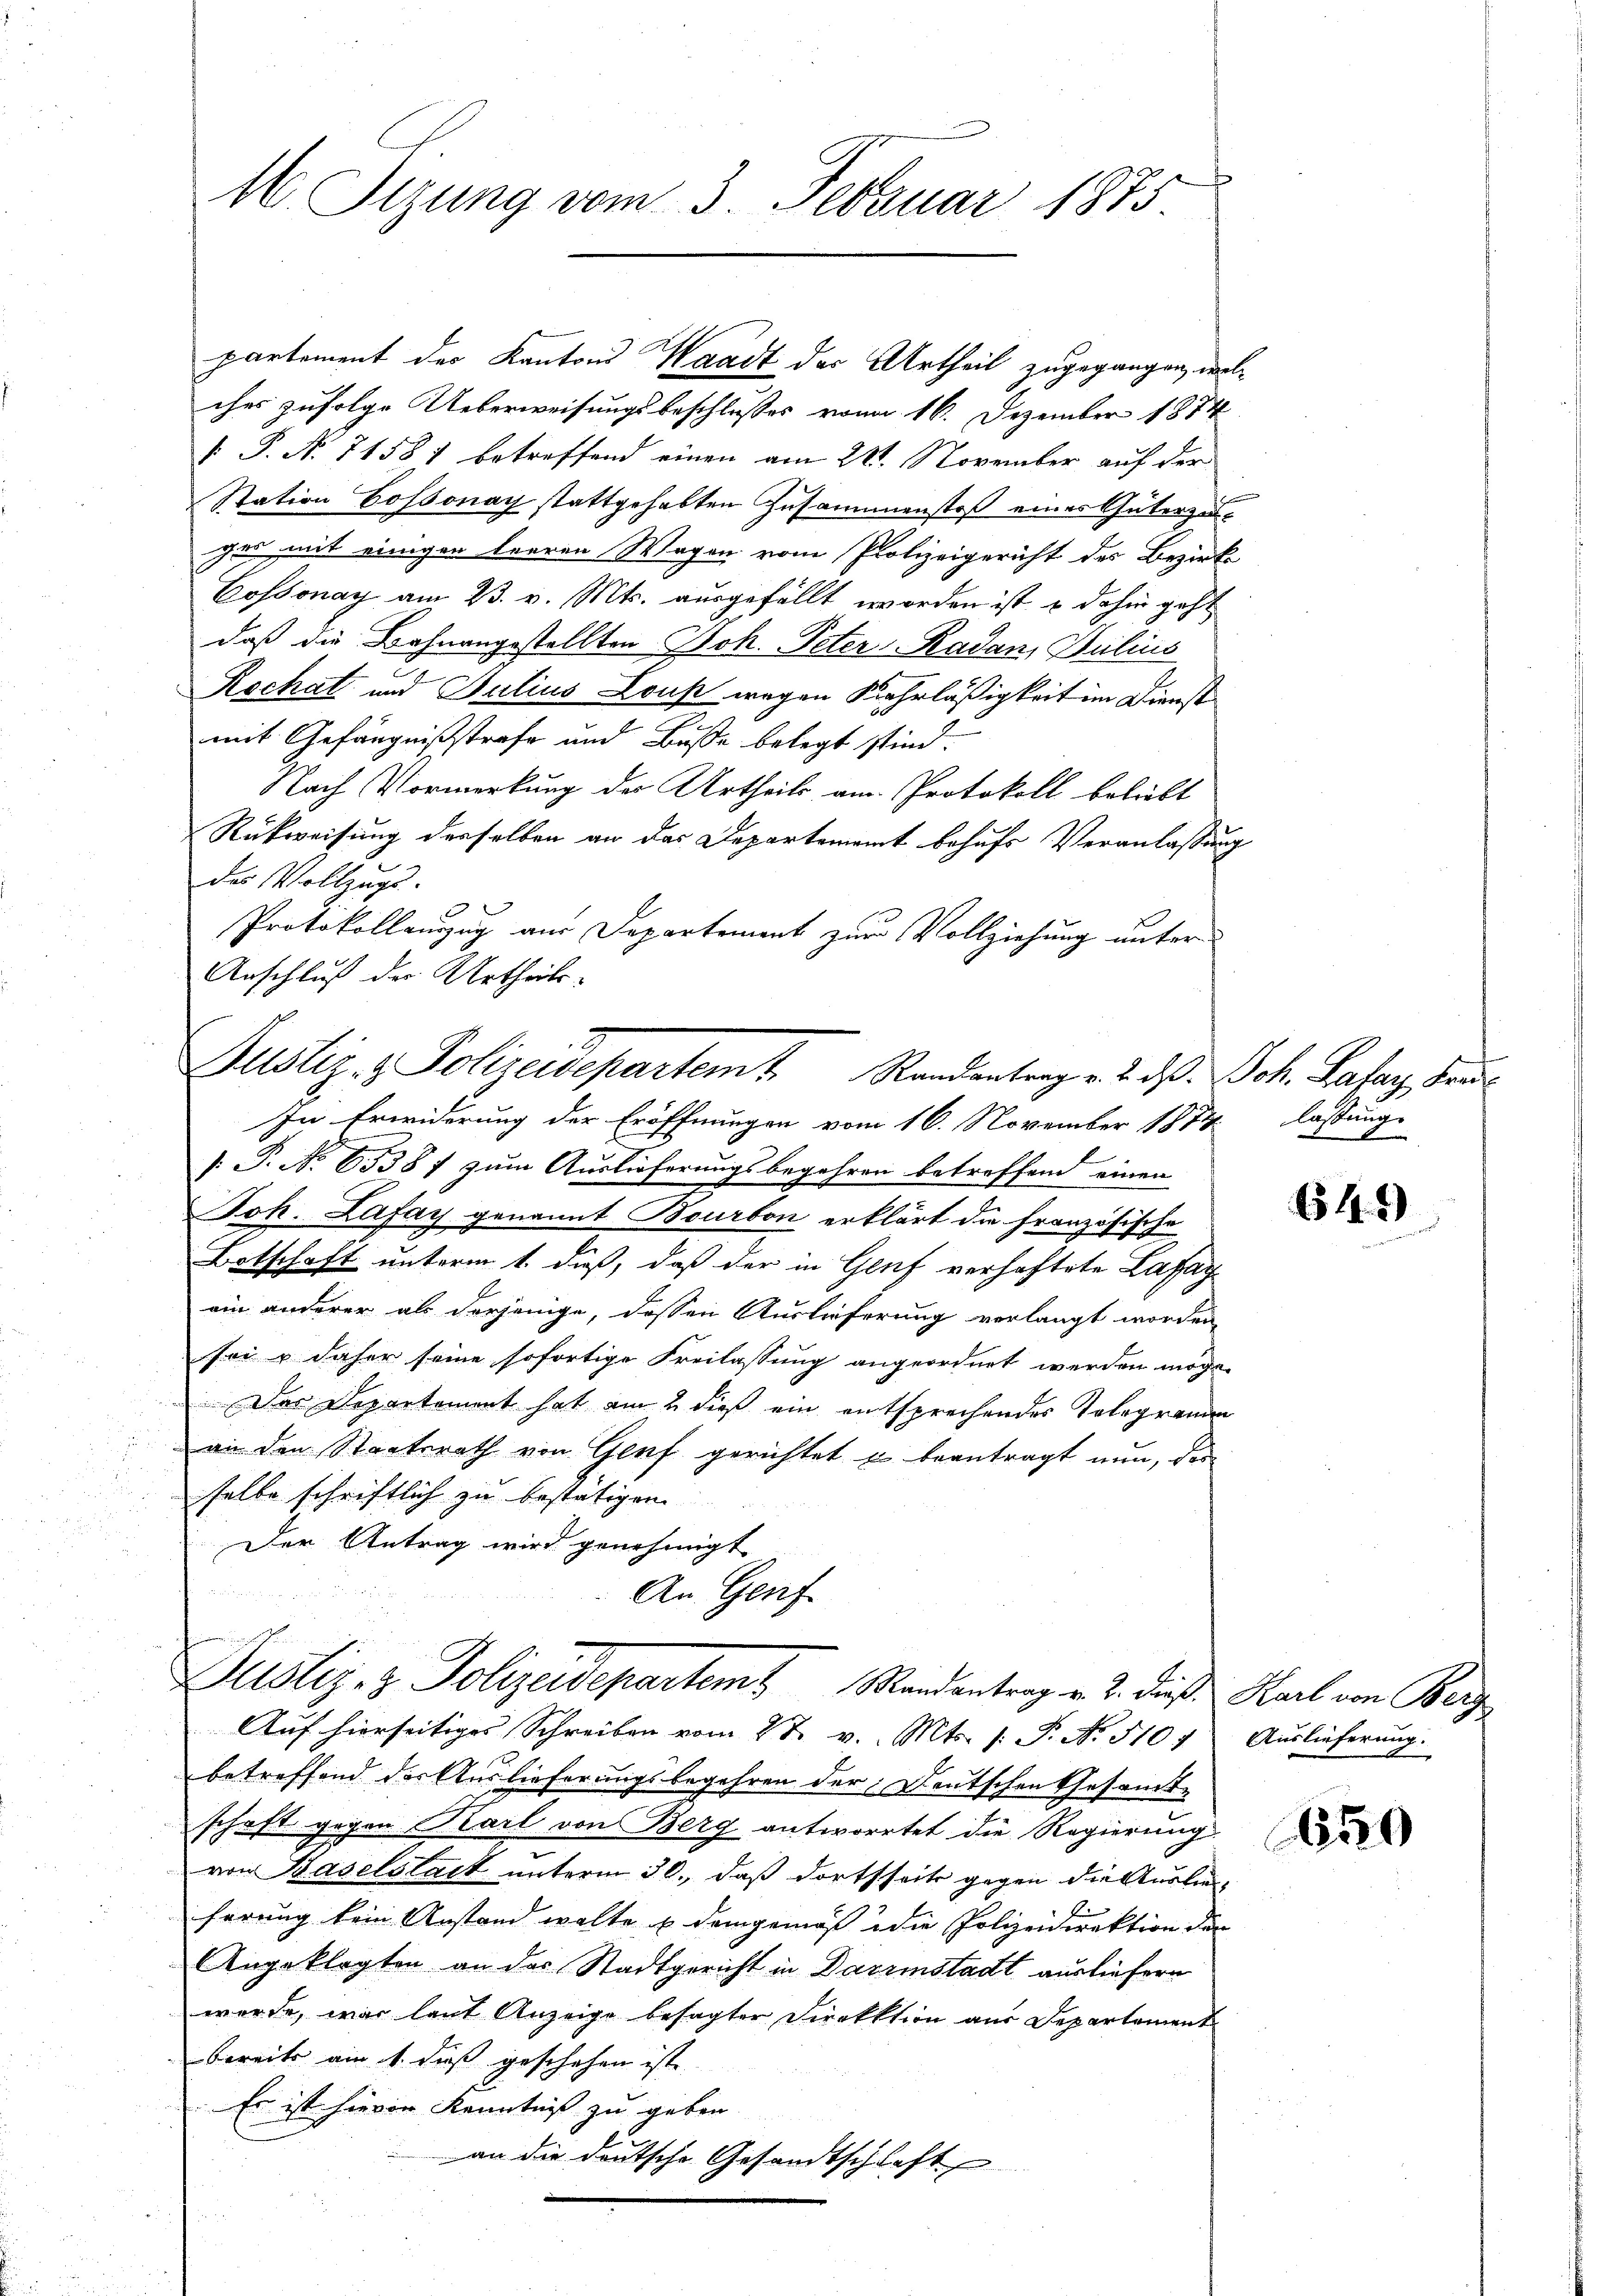
16. Sizung vom 3. Februar 1875.

partement der Kantons Waadt des Urtheil zugegangen, welches zufolge Ueberweisungsbeschlusses von 16. Dezember 1874
 P. No 71581 betreffend einen am 22. November auf der
Station Cossonay stattgehabten Zusammenstoß eines Güterzugei mit einigen leeren Wagen vom Polizeigericht des Bezirk
Cossonay am 23. v. Mts. ausgefällt worden ist & dahin geht
daß die Bahnangestellten Joh. Peter Radan, Julius
Rochat und Julius Lous wegen Kahrläßigkeit im Dienst
mit Gefängnißstrafe und Buße belegt sind.
Nach Vormerkung des Urtheils am Protokoll beliebt
Rükweisung derselben an das Departement behufs Veranlassung
des Vollzugs-
Protokollauszug aus Departement zur Vollziehung unter
Anschluß der Urtheils-
In Erwiderung der Eröffnungen vom 16. November 1874. lassung
: P. No 6538 f zum Auslieferungsbegehren betreffend einen
Joh. Lafay genannt Bourbon erklärt die französische
Botschaft unterm 1. daß, daß der in Genf verhaftete Lafar
ein anderer als derjenige, dessen Auslieferung verlangt worden,
sei & daher seine sofortige Freilassung angeordnet werden möge.
Das Departement hat am 2. dieß ein entsprechendes Telegranden
an den Staatsrath von Genf gerichtet u beantragt nun, das
selbe schriftlich zu bestätigen
Der Antrag wird genehmigt
d
An Genf
Justiz- & Polizeidepartem Standentrag v. 2. dieß Karl von Berg
Auf hierseitiges Schreiben vom 28. v. Mts. s. S. Nr. 5104 Auslieferung.
betreffend der Auslieferungsbegehren der Deutschen Gesamt-
schaft gegen Karl von Berg antwortet die Regierung.
von Baselstadt unterm 30. daß dortseits gegen die Auslie
ferung kein Anstand wolte u demgemäß die Polizeidirektion der
Angeklagten an das Stadtgericht in Darmstadt ausliefern
werde, war laut Anzeige besagter Direktion aus Departement
bereits am 1. daß geschehen ist.
Es ist hievon Kenntniß zu geben.
an die deutsche Gesandtschlaft

Justiz- & Polizeidepartem Randantrag v. d. d. Joh. Gasar, den

649

550